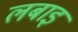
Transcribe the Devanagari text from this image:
लबाइ